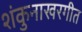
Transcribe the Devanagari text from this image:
शंकुनाखरगीत